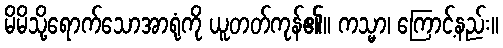
မိမိသို့ရောက်သောအာရုံကို ယူတတ်ကုန်၏။ ကသ္မာ၊ ကြောင့်နည်း။